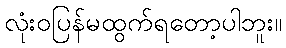
လုံးဝပြန်မထွက်ရတော့ပါဘူး။